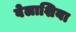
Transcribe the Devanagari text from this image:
वेलाशिया